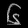
Digit: ၆